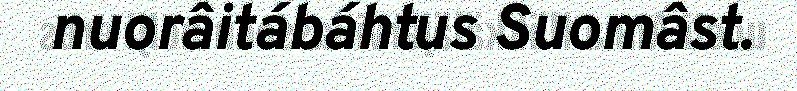
nuorâitábáhtus Suomâst.